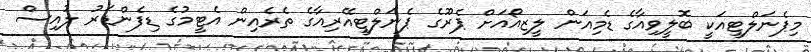
މިޕެނަލްޓީއަކީ ބޮލީވިއާގެ ޑެމިއަން ލީޒިއޯއަށް ޕެރޫގެ ޕެނަލްޓީއޭރިއާގެ ތެރެއިން އެޓީމުގެ ޑިފެންޑަރު ލުއިސް